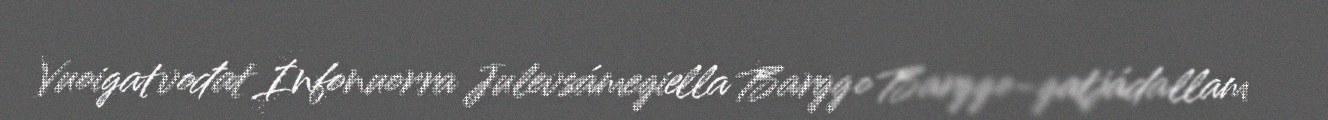
Vuoigatvođat Infonuorra Julevsámegiella Barggo Barggo-gatjádallam